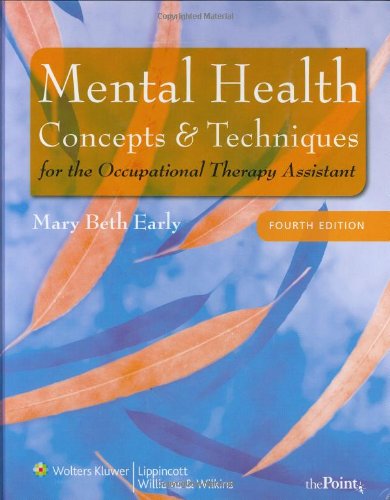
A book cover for Mental Health Concepts and Techniques for the Occupational Therapy Assistant (Point (Lippincott Williams & Wilkins)); Mary Beth Early MS  OTR; Medical Books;